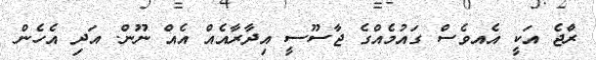
ރާްޖެ އަކީ އެއވެސް ގައުމެއްގެ ޖާސޫސީ އިދާރާއެއް އެއް ނޫން. އަދި އެހެން